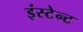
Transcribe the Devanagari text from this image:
इंस्टेन्ट